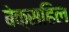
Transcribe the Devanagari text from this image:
बेक्सहिल